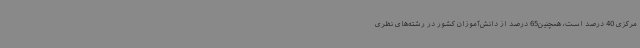
مرکزی 40 درصد است، همچنین65 درصد از دانش‌آموزان کشور در رشته‌های نظری